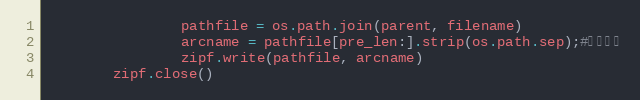
Language: Python
                pathfile = os.path.join(parent, filename)
                arcname = pathfile[pre_len:].strip(os.path.sep);#相对路径
                zipf.write(pathfile, arcname)
        zipf.close()